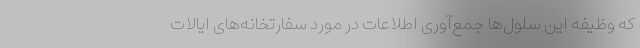
که وظیفه این سلول‌ها جمع‌آوری اطلاعات در مورد سفارتخانه‌های ایالات